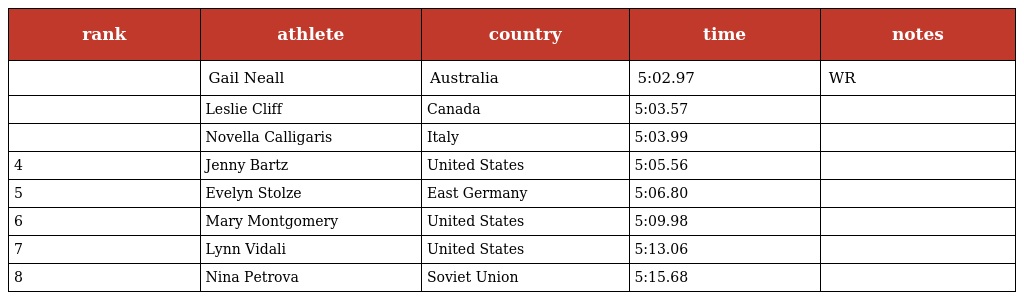
| rank | athlete | country | time | notes |
 | --- | --- | --- | --- | --- |
 |  | Gail Neall | Australia | 5:02.97 | WR |
 |  | Leslie Cliff | Canada | 5:03.57 |  |
 |  | Novella Calligaris | Italy | 5:03.99 |  |
 | 4 | Jenny Bartz | United States | 5:05.56 |  |
 | 5 | Evelyn Stolze | East Germany | 5:06.80 |  |
 | 6 | Mary Montgomery | United States | 5:09.98 |  |
 | 7 | Lynn Vidali | United States | 5:13.06 |  |
 | 8 | Nina Petrova | Soviet Union | 5:15.68 |  |